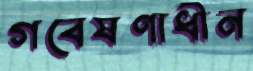
গবেষণাধীন